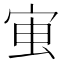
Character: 𭓱